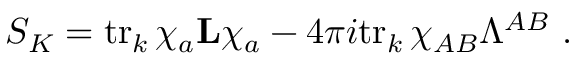
S _ { K } = \mathrm { t r } _ { k } \, \chi _ { a } { \bf L } \chi _ { a } - 4 \pi i \mathrm { t r } _ { k } \, \chi _ { A B } \Lambda ^ { A B } \ .